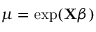
\mu = \exp ( \mathbf { X } { \boldsymbol { \beta } } ) \,